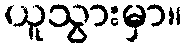
ယူသွားမှာ။